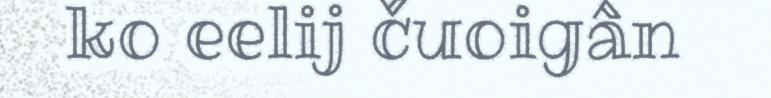
ko eelij čuoigân